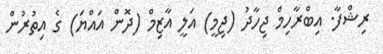
ރިޝްފާ. އިބްރާހިމް ޖިހާދު (ޖިމީ) އަލީ އާޒިމް (ދޮން އައްޔަ) ގެ އިތުރުން